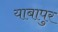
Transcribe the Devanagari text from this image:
याबापुर